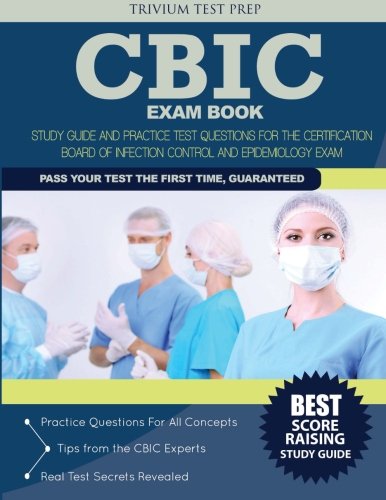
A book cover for CBIC Exam Book: Study Guide and Practice Test Questions for the Certification Board of Infection Control and Epidemiology Exam; CBIC Exam Team; Test Preparation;